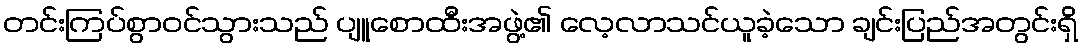
တင်းကြပ်စွာဝင်သွားသည် ပျူစောထီးအဖွဲ့၏ လေ့လာသင်ယူခဲ့သော ချင်းပြည်အတွင်းရှိ